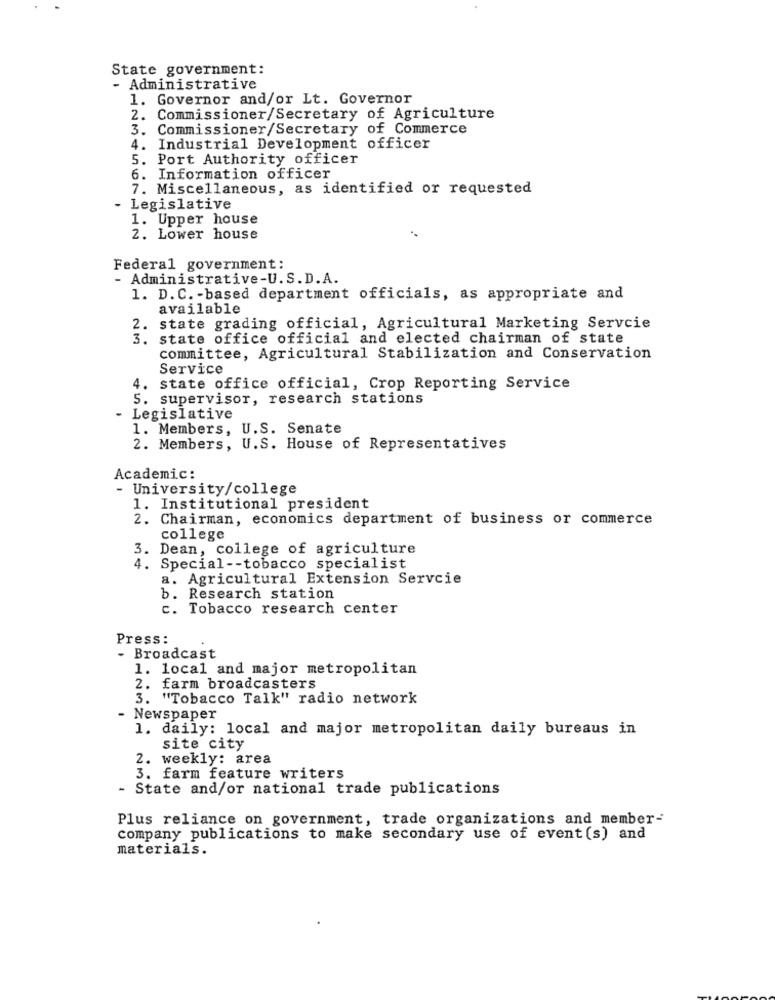
State government:
- Administrative
1. Governor and/or Lt. Governor
2. Commissioner/Secretary of Agriculture
3. Commissioner/Secretary of Commerce
4. Industrial Development officer
5. Port Authority officer
6. Information officer
7. Miscellaneous, as identified or requested
Legislative
1. Upper house
2. Lower house
Federal government:
- Administrative-U.S.D.A.
1. D.C. - based department officials, as appropriate and
available
2. state grading official, Agricultural Marketing Servcie
3. state office official and elected chairman of state
committee, Agricultural Stabilization and Conservation
Service
4. state office official, Crop Reporting Service
5. supervisor, research stations
- Legislative
1. Members, U.S. Senate
2. Members, U.S. House of Representatives
Academic:
-
University/college
1. Institutional president
2. Chairman, economics department of business or commerce
college
3. Dean, college of agriculture
4. Special -- tobacco specialist
a. Agricultural Extension Servcie
b. Research station
c. Tobacco research center
Press:
Broadcast
1. local and major metropolitan
2. farm broadcasters
3. "Tobacco Talk" radio network
Newspaper
1. daily: local and major metropolitan daily bureaus in
site city
2.
weekly: area
3. farm feature writers
- State and/or national trade publications
Plus reliance on government, trade organizations and member-
company publications to make secondary use of event (s) and
materials.